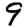
Digit: 9